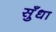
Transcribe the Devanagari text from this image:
सुँधा